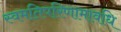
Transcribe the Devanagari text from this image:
स्वमतिपरिणामावधि